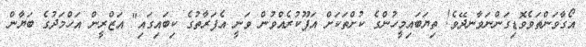
އޯގާވަންތަވެވޮޑިގަންނަވާނދޭވެ! ތިޔަބައިމީހުންގެ ކުށްތަކަށް އަފޫކުރެއްވުން ވަނީ އެފަރާތުގެ ކިބައިގައި" އަޒްރީން އަހްމަދުގެ ބަޔާން